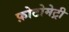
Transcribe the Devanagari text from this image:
फ़ोटोमेट्री